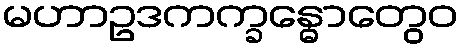
မဟာဥဒကက္ခန္ဓောတွေဝ